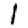
Digit: 1